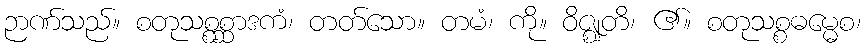
ဉာဏ်သည်။ စတုသစ္စစ္ဆာဒကံ၊ တတ်သော။ တမံ၊ ကို။ ဝိဇ္ဈတိ၊ ၏။ စတုသစ္စဓမ္မေစ၊